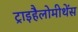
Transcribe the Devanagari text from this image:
ट्राइहैलोमीथेंस